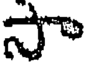
సా